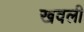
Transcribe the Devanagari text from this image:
खवली